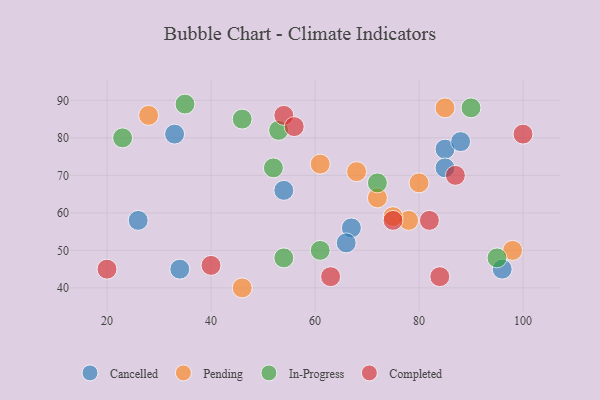
{"axis": {"x": "GDP", "y": "Life Expectancy"}, "legend": ["Cancelled", "Completed", "In-Progress", "Pending"], "data": [{"x": "67", "y": 56, "type": "Cancelled"}, {"x": "85", "y": 77, "type": "Cancelled"}, {"x": "66", "y": 52, "type": "Cancelled"}, {"x": "34", "y": 45, "type": "Cancelled"}, {"x": "54", "y": 66, "type": "Cancelled"}, {"x": "33", "y": 81, "type": "Cancelled"}, {"x": "96", "y": 45, "type": "Cancelled"}, {"x": "26", "y": 58, "type": "Cancelled"}, {"x": "85", "y": 72, "type": "Cancelled"}, {"x": "88", "y": 79, "type": "Cancelled"}, {"x": "61", "y": 73, "type": "Pending"}, {"x": "80", "y": 68, "type": "Pending"}, {"x": "72", "y": 64, "type": "Pending"}, {"x": "78", "y": 58, "type": "Pending"}, {"x": "85", "y": 88, "type": "Pending"}, {"x": "46", "y": 40, "type": "Pending"}, {"x": "28", "y": 86, "type": "Pending"}, {"x": "98", "y": 50, "type": "Pending"}, {"x": "68", "y": 71, "type": "Pending"}, {"x": "75", "y": 59, "type": "Pending"}, {"x": "46", "y": 85, "type": "In-Progress"}, {"x": "53", "y": 82, "type": "In-Progress"}, {"x": "72", "y": 68, "type": "In-Progress"}, {"x": "23", "y": 80, "type": "In-Progress"}, {"x": "90", "y": 88, "type": "In-Progress"}, {"x": "54", "y": 48, "type": "In-Progress"}, {"x": "52", "y": 72, "type": "In-Progress"}, {"x": "95", "y": 48, "type": "In-Progress"}, {"x": "61", "y": 50, "type": "In-Progress"}, {"x": "35", "y": 89, "type": "In-Progress"}, {"x": "100", "y": 81, "type": "Completed"}, {"x": "54", "y": 86, "type": "Completed"}, {"x": "40", "y": 46, "type": "Completed"}, {"x": "87", "y": 70, "type": "Completed"}, {"x": "20", "y": 45, "type": "Completed"}, {"x": "82", "y": 58, "type": "Completed"}, {"x": "63", "y": 43, "type": "Completed"}, {"x": "56", "y": 83, "type": "Completed"}, {"x": "75", "y": 58, "type": "Completed"}, {"x": "84", "y": 43, "type": "Completed"}]}